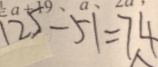
1 2 5 - 5 1 = 7 4